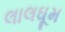
લાલઘૂમ